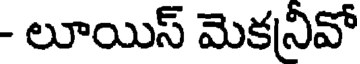
- లూయిస్ మెకనివో